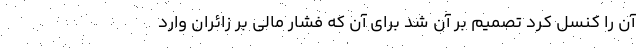
آن را کنسل کرد تصمیم بر آن شد برای آن که فشار مالی بر زائران وارد